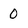
Character: 0